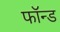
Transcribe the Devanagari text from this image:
फॉन्ड